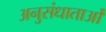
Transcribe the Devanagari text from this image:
अनुसंधाताओं